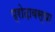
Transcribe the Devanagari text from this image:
प्रोढ़ावस्था